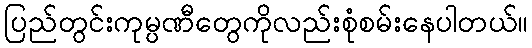
ပြည်တွင်းကုမ္ပဏီတွေကိုလည်းစုံစမ်းနေပါတယ်။